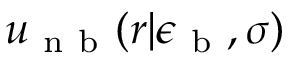
u _ { \mathrm { ~ n ~ b ~ } } ( r | \epsilon _ { \mathrm { ~ b ~ } } , \sigma )